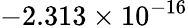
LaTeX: -2.313\times 10^{-16}